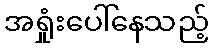
အရှုံးပေါ်နေသည့်